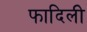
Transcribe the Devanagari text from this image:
फादिली